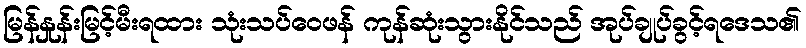
မြန်နှုန်းမြင့်မီးရထား သုံးသပ်ဝေဖန် ကုန်ဆုံးသွားနိုင်သည် အုပ်ချုပ်ခွင့်ရဒေသ၏